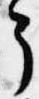
了